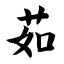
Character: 茹